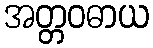
အတ္တဝဓာယ